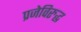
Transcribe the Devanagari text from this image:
प्रजेविरुद्ध